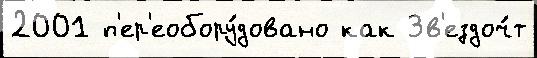
2001 п'ер'еобору́довано как Зв'ездоч́т